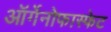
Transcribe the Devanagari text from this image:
ऑर्गेनोफास्फेट